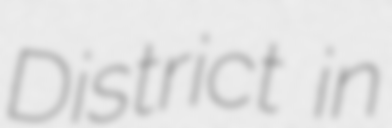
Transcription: District in